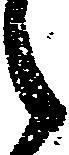
之